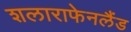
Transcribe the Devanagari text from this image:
शलाराफेनलैंड